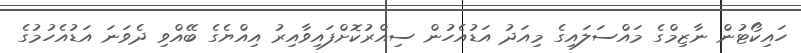
ހައިކޯޓުން ނާޒިމްގެ މައްސަލައިގެ މިއަދު އަޑުއެހުން ސިއްރުކޮށްފައިވާއިރު އިއްޔެގެ ބޭއްވި ދެވަނަ އަޑުއެހުމުގެ